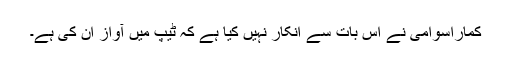
کماراسوامی نے اس بات سے انکار نہیں کیا ہے کہ ٹیپ میں آواز ان کی ہے۔